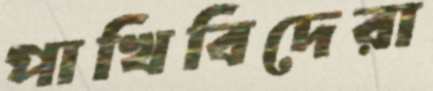
পাখিবিদেরা